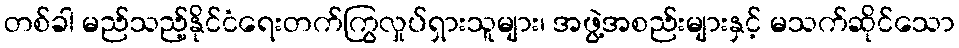
တစ်ခါ မည်သည့်နိုင်ငံရေးတက်ကြွလှုပ်ရှားသူများ၊ အဖွဲ့အစည်းများနှင့် မသက်ဆိုင်သော